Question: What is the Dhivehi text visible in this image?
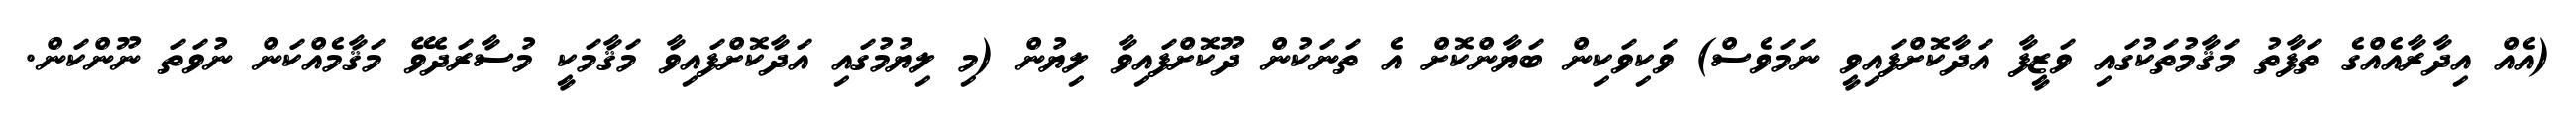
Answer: (އެއް އިދާރާއެއްގެ ތަފާތު މަޤާމުތަކުގައި ވަޒީފާ އަދާކޮށްފައިވީ ނަމަވެސް) ވަކިވަކިން ބަޔާންކޮށް އެ ތަނަކުން ދޫކޮށްފައިވާ ލިޔުން (މި ލިޔުމުގައި އަދާކޮށްފައިވާ މަޤާމަކީ މުސާރަދެވޭ މަޤާމެއްކަން ނުވަތަ ނޫންކަން.